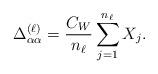
LaTeX: \begin{align*}\Delta_{\alpha\alpha}^{(\ell)} = \frac{C_W}{n_{\ell}}\sum_{j=1}^{n_\ell} X_j.\end{align*}